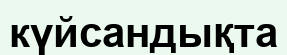
күйсандықта